Lunatic asylums Central Provinces reports 1874-1885 - 1874-1885
Year: 1874
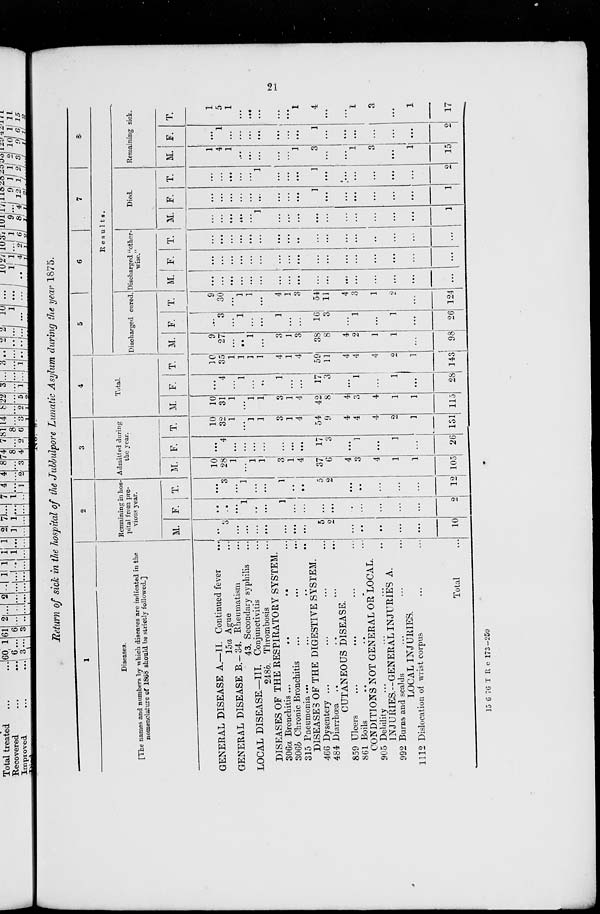
21
No.
8.
Return of sick in the hospital of the Jubbulpore Lunatic Asylum during the year 1875.
1
Diseases.
[The names and numbers by which diseases are indicated in the
nomenclature of 1868 should be strictly followed.]
GENERAL DISEASE A.—II. Continued fever ...
15a Ague ...
GENERAL DISEASE B.—34. Rheumatism ...
43. Secondary syphilis ...
LOCAL DISEASE.—III. Conjunctivitis ...
248b. Thrombosis ...
DISEASES OF THE RESPIRATORY SYSTEM.
306a Bronchitis
...
...
...
...
306b Chronic Bronchitis ... ... ...
315 Pneumonia
...
...
...
...
DISEASES OF THE DIGESTIVE SYSTEM.
466 Dysentery ... ... ... ...
484 Diarrhœa
...
...
...
...
CUTANEOUS DISEASE.
859 Ulcers ... ... ...
861 Boils ... ... ... ...
CONDITIONS NOT GENERAL OR LOCAL.
905 Debility ... ... ... ...
INJURIES.—GENERAL INJURIES A.
992 Burns and scalds ... ... ...
LOCAL INJURIES.
1112 Dislocation of wrist corpus ... ...
Total ...
2
Remaining in hos-
pital from pre-
vious year.
M.
...
3
...
...
...
...
...
...
...
5
2
...
...
...
...
...
10
F.
...
...
...
1
...
...
1
...
...
...
...
...
...
...
...
...
2
T.
...
3
...
1
...
...
1
...
...
5
2
...
...
...
...
...
12
3
Admitted during
the year.
M.
10
28
1
...
1
1
3
1
4
37
6
4
3
4
1
1
105
F.
...
4
...
...
...
...
...
...
...
17
3
...
1
...
1
...
26
T.
10
32
1
...
1
1
3
1
4
54
9
4
4
4
2
1
131
4
Total.
M.
10
31
1
...
1
1
3
1
4
42
8
4
3
4
1
1
115
F.
...
4
...
1
...
...
1
...
...
17
3
...
1
...
1
...
28
T.
10
35
1
1
1
1
4
1
4
59
11
4
4
4
2
1
143
5
6
7
8
Results.
Discharged cured.
M.
9
27
...
...
1
...
3
1
3
38
8
4
2
1
1
...
98
F.
...
3
...
1
...
...
1
...
...
16
3
...
1
...
1
...
26
T.
9
30
...
1
1
...
4
1
3
54
11
4
3
1
2
...
124
Discharged "other-
wise."
M.
...
...
...
...
...
...
...
...
...
...
...
...
...
...
...
...
...
F.
...
...
...
...
...
...
...
...
...
...
...
...
...
...
...
...
...
T.
...
...
...
...
...
...
...
...
...
...
...
...
...
...
...
...
...
Died.
M.
...
...
...
...
...
1
...
...
...
...
...
...
...
...
...
...
1
F.
...
...
...
...
...
...
...
...
...
1
...
...
...
...
...
...
1
T.
...
...
...
...
...
1
...
...
...
1
...
...
...
...
...
...
2
Remaining sick.
M.
1
4
1
...
...
...
...
...
1
3
...
...
1
3
...
1
15
F.
...
1
...
...
...
...
...
...
...
1
...
...
...
...
...
...
2
T.
1
5
1
...
...
...
...
...
1
4
...
...
1
3
...
1
17
15 6 76 T R e 173—250